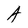
Character: A